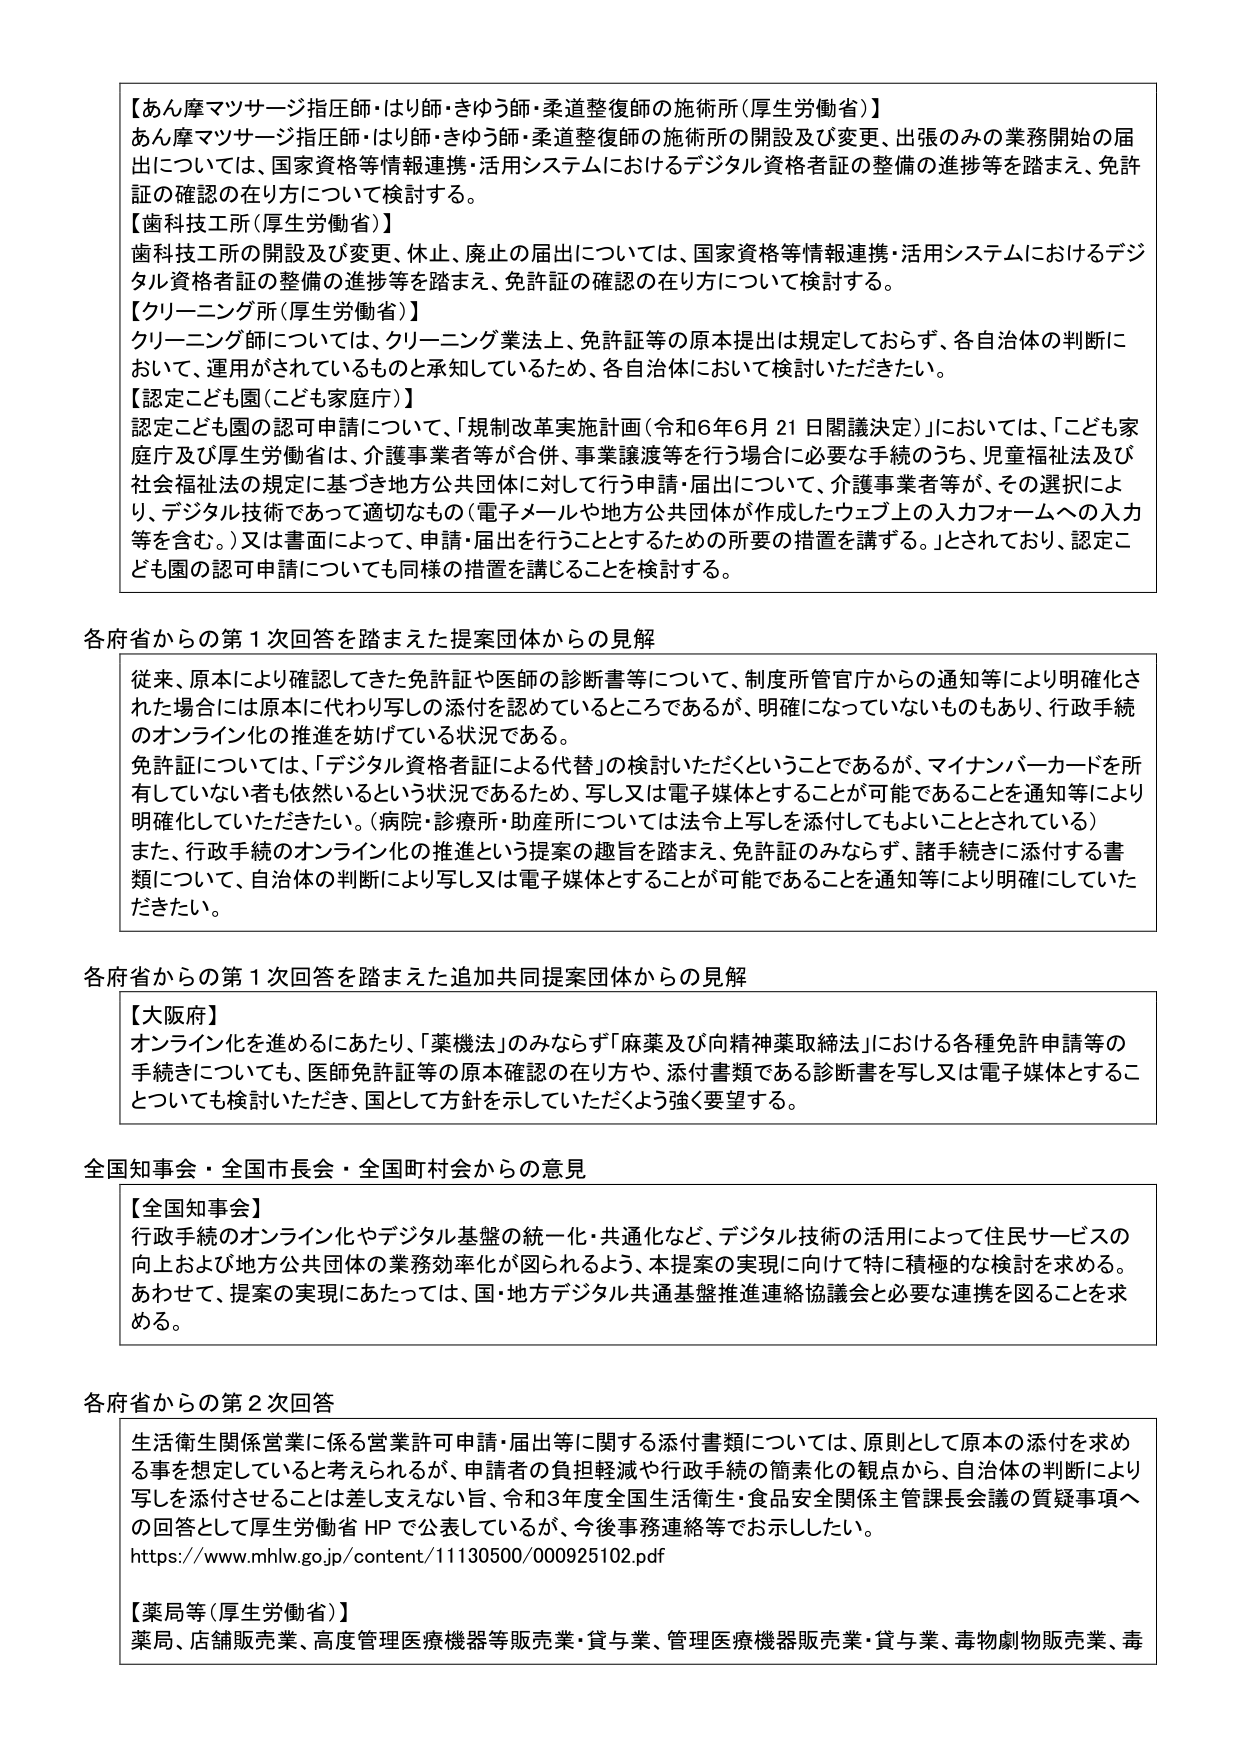
【あん摩マツサージ指圧師・はり師・きゅう師・柔道整復師の施術所（厚生労働省）】
あん摩マツサージ指圧師・はり師・きゅう師・柔道整復師の施術所の開設及び変更、出張のみの業務開始の届出については、国家資格等情報連携・活用システムにおけるデジタル資格者証の整備の進捗等を踏まえ、免許証の確認の在り方について検討する。

【歯科技工所（厚生労働省）】
歯科技工所の開設及び変更、休止、廃止の届出については、国家資格等情報連携・活用システムにおけるデジタル資格者証の整備の進捗等を踏まえ、免許証の確認の在り方について検討する。

【クリーニング所（厚生労働省）】
クリーニング師については、クリーニング業法上、免許証等の原本提出は規定しておらず、各自治体の判断において、運用がされているものと承知しているため、各自治体において検討いただきたい。

【認定こども園（こども家庭庁）】
認定こども園の認可申請について、「規制改革実施計画（令和6年6月21日閣議決定）」においては、「こども家庭庁及び厚生労働省は、介護事業者等が合併、事業譲渡等を行う場合に必要な手続のうち、児童福祉法及び社会福祉法の規定に基づき地方公共団体に対して行う申請・届出について、介護事業者等が、その選択により、デジタル技術であって適切なもの（電子メールや地方公共団体が作成したウェブ上の入力フォームへの入力等を含む。）又は書面によって、申請・届出を行うこととするための所要の措置を講ずる。」とされており、認定こども園の認可申請についても同様の措置を講じることを検討する。

各府省からの第1次回答を踏まえた提案団体からの見解
従来、原本により確認してきた免許証や医師の診断書等について、制度所管官庁からの通知等により明確化された場合には原本に代わり写しの添付を認めているところであるが、明確になっていないものもあり、行政手続のオンライン化の推進を妨げている状況である。
免許証については、「デジタル資格者証による代替」の検討いただくということであるが、マイナンバーカードを所有していない者も依然という状況であるため、写し又は電子媒体とすることが可能であることを通知等により明確化していただきたい。（病院・診療所・助産所については法令上写しを添付してもよいこととされている）
また、行政手続のオンライン化の推進という提案の趣旨を踏まえ、免許証のみならず、諸手続きに添付する書類について、自治体の判断により写し又は電子媒体とすることが可能であることを通知等により明確にしていただきたい。

各府省からの第1次回答を踏まえた追加共同提案団体からの見解
【大阪府】
オンライン化を進めるにあたり、「薬機法」のみならず「麻薬及び向精神薬取締法」における各種免許申請等の手続きについても、医師免許証等の原本確認の在り方や、添付書類である診断書を写し又は電子媒体とすることについても検討いただき、国として方針を示していただくよう強く要望する。

全国知事会・全国市長会・全国町村会からの意見
【全国知事会】
行政手続のオンライン化やデジタル基盤の統一・共通化など、デジタル技術の活用によって住民サービスの向上および地方公共団体の業務効率化が図られるよう、本提案の実現に向けて特に積極的な検討を求める。あわせて、提案の実現にあたっては、国・地方デジタル共通基盤推進連絡協議会と必要な連携を図ることを求める。

各府省からの第2次回答
生活衛生関係営業に係る営業許可申請・届出等に関する添付書類については、原則として原本の添付を求めることを想定していると考えられるが、申請者の負担軽減や行政手続の簡素化の観点から、自治体の判断により写しを添付させることが差し支えない旨、令和3年全国生活衛生・食品安全関係主管課長会議の質疑事項への回答として厚生労働省 HP で公表しているが、今後事務連絡等でお示ししたい。
https://www.mhlw.go.jp/content/11130500/000925102.pdf

【薬局等（厚生労働省）】
薬局、店舗販売業、高度管理医療機器等販売業・貸与業、管理医療機器販売業・貸与業、毒物劇物販売業、毒